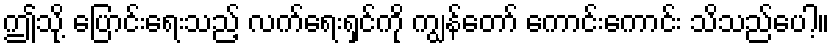
ဤသို့ ပြောင်းရေးသည့် လက်ရေးရှင်ကို ကျွန်တော် ကောင်းကောင်း သိသည်ပေါ့။